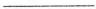
___